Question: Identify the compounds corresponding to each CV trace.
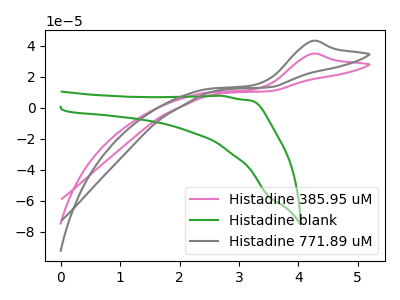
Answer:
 <answer>The pink curve is labeled "Histadine 385.95 uM". The green curve is labeled "Histadine blank". The gray curve is labeled "Histadine 771.89 uM".</answer>
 <eval></eval>